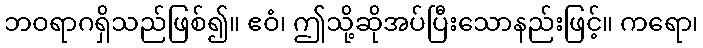
ဘဝရာဂရှိသည်ဖြစ်၍။ ဧဝံ၊ ဤသို့ဆိုအပ်ပြီးသောနည်းဖြင့်။ ကရော၊